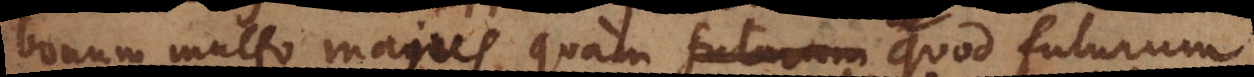
bonum multo majus, quam quod futurum